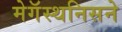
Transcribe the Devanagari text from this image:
मेगॅस्थनिसने